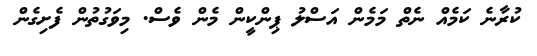
ކުރާނެ ކަމެއް ނެތް މަމެން އަސްލު ޕިންކީން މެން ވެސް. މިވަގުތުން ފެށިގެން